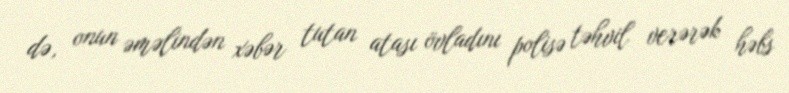
də, onun əməlindən xəbər tutan atası övladını polisə təhvil verərək həbs